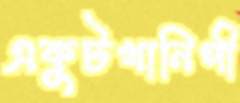
একুটখানিপী